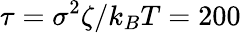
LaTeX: \tau=\sigma^{2}\zeta/k_{B}T=200